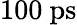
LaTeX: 100~\mathrm{ps}